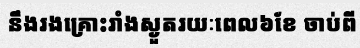
នឹងរងគ្រោះរាំងស្ងួតរយៈពេល៦ខែ ចាប់ពី